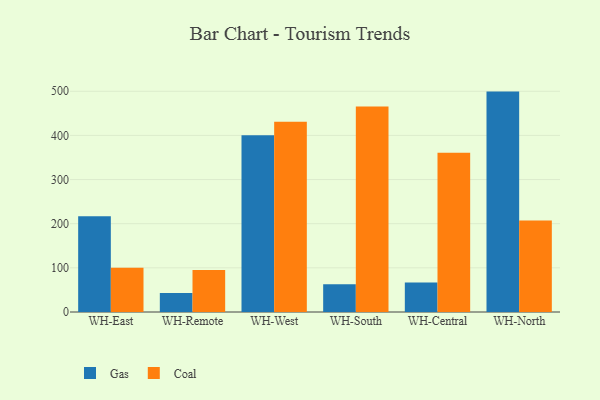
{"axis": {"x": "Warehouse", "y": "Humidity (%)"}, "legend": ["Coal", "Gas"], "data": [{"x": "WH-East", "y": 216.9, "type": "Gas"}, {"x": "WH-East", "y": 100.4, "type": "Coal"}, {"x": "WH-Remote", "y": 43.2, "type": "Gas"}, {"x": "WH-Remote", "y": 94.9, "type": "Coal"}, {"x": "WH-West", "y": 400.4, "type": "Gas"}, {"x": "WH-West", "y": 431.1, "type": "Coal"}, {"x": "WH-South", "y": 62.9, "type": "Gas"}, {"x": "WH-South", "y": 465.7, "type": "Coal"}, {"x": "WH-Central", "y": 66.7, "type": "Gas"}, {"x": "WH-Central", "y": 360.5, "type": "Coal"}, {"x": "WH-North", "y": 499.2, "type": "Gas"}, {"x": "WH-North", "y": 207.3, "type": "Coal"}]}